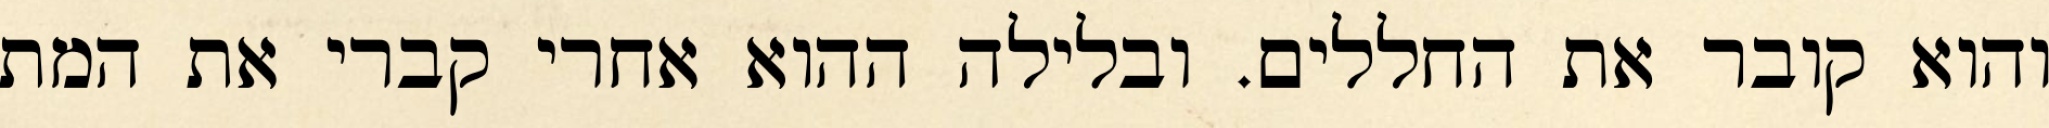
והוא קובר את החללים. ובלילה ההוא אחרי קברי את המת